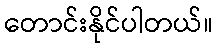
တောင်းနိုင်ပါတယ်။